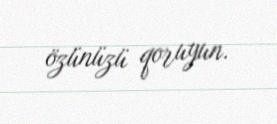
özünüzü qoruyun.